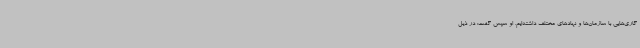
گاری‌هایی با سازمان‌ها و نهادهای مختلف داشته‌ایم. او سپس گفت: در ذیل